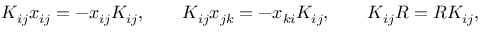
K _ { i j } x _ { i j } = - x _ { i j } K _ { i j } , \qquad K _ { i j } x _ { j k } = - x _ { k i } K _ { i j } , \qquad K _ { i j } R = R K _ { i j } ,